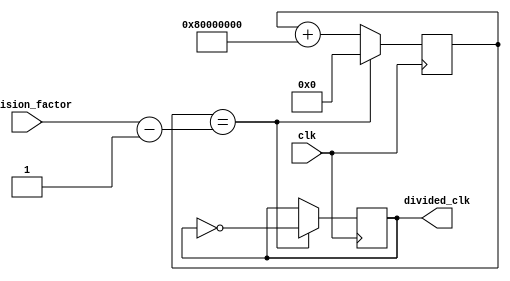
module floating_point_clock_divider (
    input wire clk,
    input wire [31:0] division_factor,
    output wire divided_clk
);

reg [31:0] counter;
reg [31:0] fraction = 32'h80000000; // Floating point value 0.5

always @ (posedge clk) begin
    if (counter == division_factor - 1) begin
        divided_clk <= ~divided_clk;
        counter <= 0;
    end else begin
        counter <= counter + fraction;
    end
end

endmodule